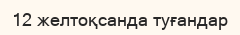
12 желтоқсанда туғандар